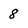
Character: 8